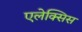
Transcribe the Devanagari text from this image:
एलेक्‍सिस